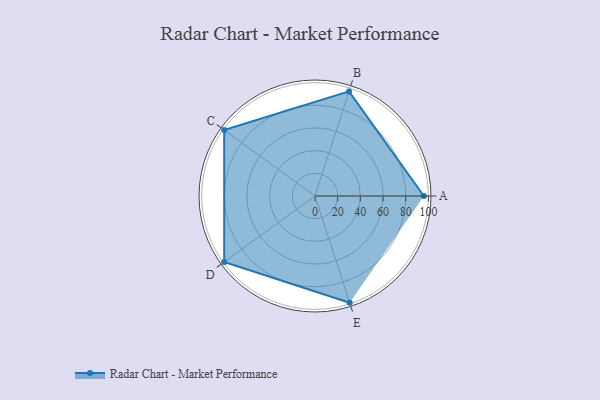
{"axis": {"x": "Skill", "y": "Score"}, "legend": ["Profile"], "data": [{"x": "A", "y": 96.0, "type": "Profile"}, {"x": "B", "y": 97.0, "type": "Profile"}, {"x": "C", "y": 99.0, "type": "Profile"}, {"x": "D", "y": 99, "type": "Profile"}, {"x": "E", "y": 99, "type": "Profile"}]}